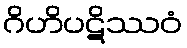
ဂိဟိပဋိဿဝံ